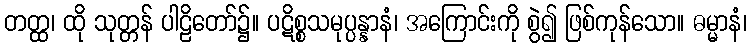
တတ္ထ၊ ထို သုတ္တန် ပါဠိတော်၌။ ပဋိစ္စသမုပ္ပန္နာနံ၊ အကြောင်းကို စွဲ၍ ဖြစ်ကုန်သော။ ဓမ္မာနံ၊